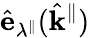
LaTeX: \hat{\mathbf{e}}_{\lambda^{\parallel}}(\hat{\mathbf{k}}^{\parallel})